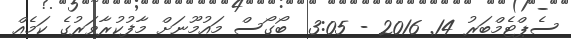
ސެޕްޓެމްބަރު 14